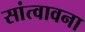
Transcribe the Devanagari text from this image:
सांत्वावना